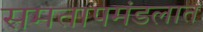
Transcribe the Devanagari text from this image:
समतापमंडलात